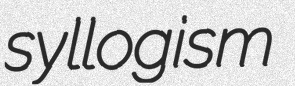
syllogism